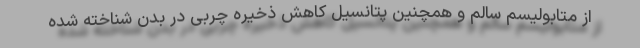
از متابولیسم سالم و همچنین پتانسیل کاهش ذخیره چربی در بدن شناخته شده